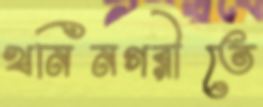
খনিনগরীতে